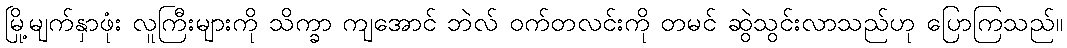
မြို့မျက်နှာဖုံး လူကြီးများကို သိက္ခာ ကျအောင် ဘဲလ် ဝက်တလင်းကို တမင် ဆွဲသွင်းလာသည်ဟု ပြောကြသည်။